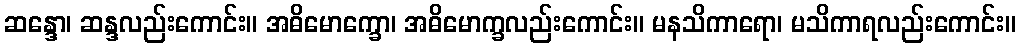
ဆန္ဒော၊ ဆန္ဒလည်းကောင်း။ အဓိမောက္ခော၊ အဓိမောက္ခလည်းကောင်း။ မနသိကာရော၊ မသိကာရလည်းကောင်း။